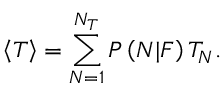
\left\langle T \right\rangle = \sum _ { N = 1 } ^ { N _ { T } } P \left( N | F \right) T _ { N } .